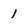
Character: 1